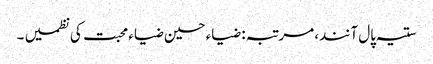
ستیہ پال آنند، مرتبہ: ضیاء حسین ضیاء محبت کی نظمیں ۔